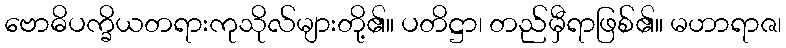
ဗောဓိပက္ခိယတရားကုသိုလ်များတို့၏။ ပတိဋ္ဌာ၊ တည်မှီရာဖြစ်၏။ မဟာရာဇ၊